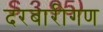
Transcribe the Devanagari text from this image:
दरबारीगण